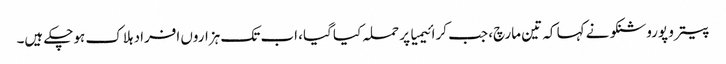
پیترو پوروشنکو نے کہا کہ تین مارچ، جب کرائیمیا پر حملہ کیا گیا، اب تک ہزاروں افراد ہلاک ہوچکے ہیں۔